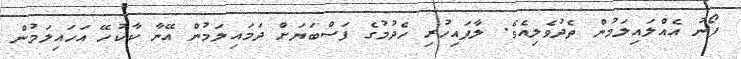
ފޯނު އެއްލައިލަމުން ތެދުވެލިއެވެ. ލާފައިހުރި ހެދުމުގެ ފަސްބަޔަށް ދަމައިލަމުން އޭނާ ކާކުހޭ އަހައިލަމުން